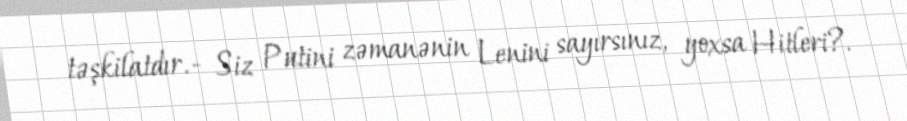
təşkilatdır.- Siz Putini zəmanənin Lenini sayırsınız, yoxsa Hitleri?.